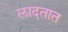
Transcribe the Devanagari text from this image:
लादतात